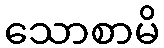
သောစာမိ